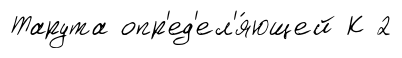
Тарута опр'ед'ел'я́ющей К 2